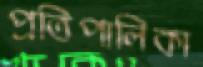
প্রতিপালিকা